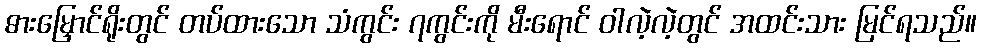
ဓားမြှောင်ရိုးတွင် တပ်ထားသော သံကွင်း ၇ကွင်းကို မီးရောင် ဝါလဲ့လဲ့တွင် အထင်းသား မြင်ရသည်။